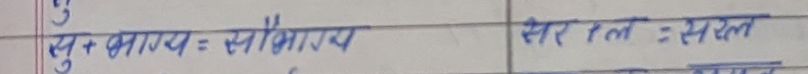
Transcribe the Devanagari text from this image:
सु + भाग्य : सौभाग्य
सेर ल : सरल